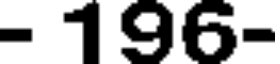
- 196-